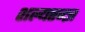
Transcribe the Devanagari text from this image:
शल्यतज्‍ज्ञ